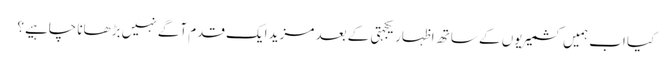
کیا اب ہمیں کشمیریوں کے ساتھ اظہار یکجہتی کے بعد مزید ایک قدم آگے نہیں بڑھانا چاہیے؟